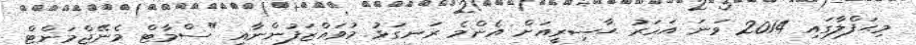
މިޙަފްލާގައި 2014 ވަނަ އަހަރު ޙާޟިރީއަށް އެންމެ ރަނގަޅު މުވައްޒަފުންނާއި "ސްމާޓް މެނޭޖްމަންޓް